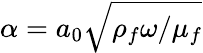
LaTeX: {\alpha}=a_{0}\sqrt{\rho_{f}\omega/\mu_{f}}